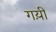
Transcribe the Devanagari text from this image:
गय़ीं